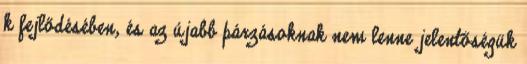
k fejlődésében, és az újabb párzásoknak nem lenne jelentőségük